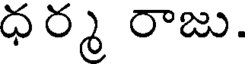
ధర్మ రాజు.